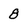
Character: 8